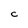
Character: C